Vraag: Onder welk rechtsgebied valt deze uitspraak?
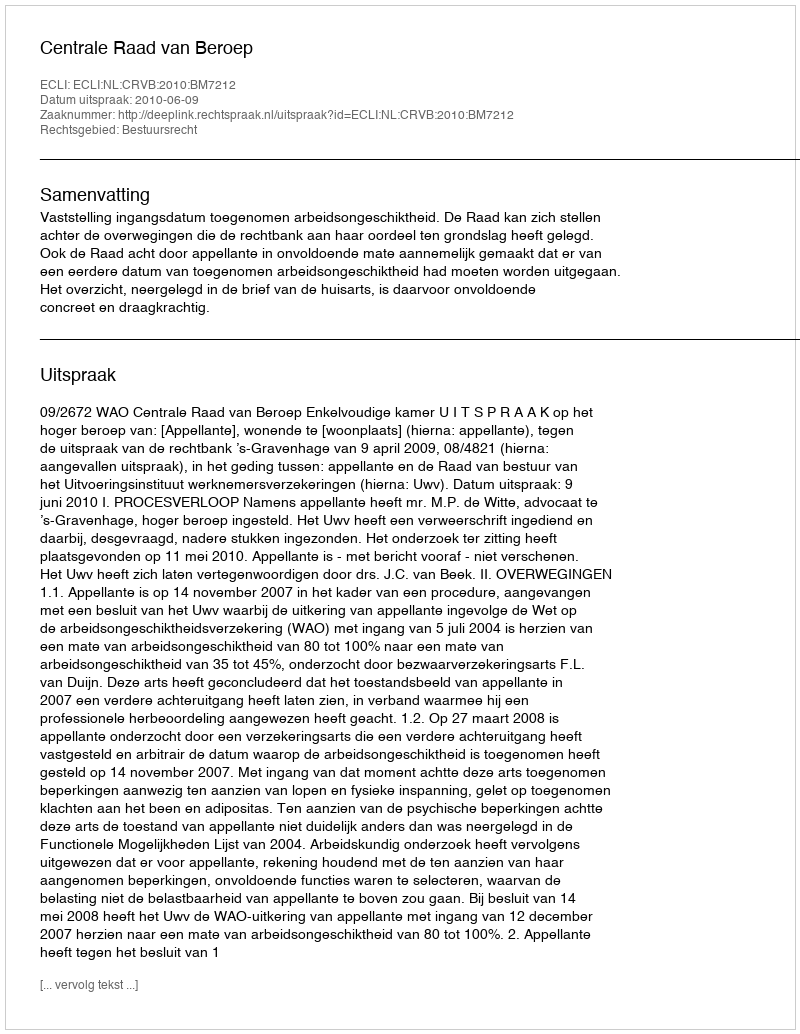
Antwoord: Bestuursrecht